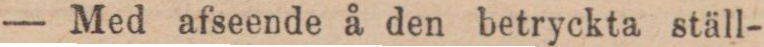
— Med afseende å den betryckta ställ-